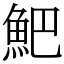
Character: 䰾